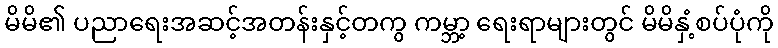
မိမိ၏ ပညာရေးအဆင့်အတန်းနှင့်တကွ ကမ္ဘာ့ ရေးရာများတွင် မိမိနှံ့စပ်ပုံကို